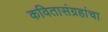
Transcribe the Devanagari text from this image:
कवितासंग्रहांचा